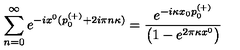
\sum _ { n = 0 } ^ { \infty } e ^ { - i x ^ { 0 } ( p _ { 0 } ^ { ( + ) } + 2 i \pi n \kappa ) } = { \frac { e ^ { - i \kappa x _ { 0 } p _ { 0 } ^ { ( + ) } } } { \left( 1 - e ^ { 2 \pi \kappa x ^ { 0 } } \right) } }